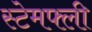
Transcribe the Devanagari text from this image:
स्टेमफ्ली